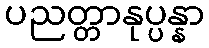
ပညတ္တာနုပ္ပန္နာ